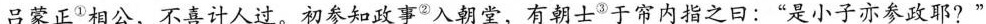
吕蒙正^{①}相公，不喜计人过。初参知政事^{②}入朝堂，有朝士^{③}于帘内指之日：”是小子亦参政耶?”